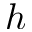
h